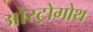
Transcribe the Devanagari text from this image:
ओस्ट्रोगोथ